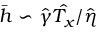
\bar { h } \backsim \hat { \gamma } \hat { T _ { x } } / \hat { \eta }